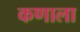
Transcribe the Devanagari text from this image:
कणाला